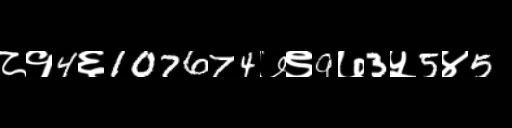
Text: ८१4६107674७९9७3५5४5